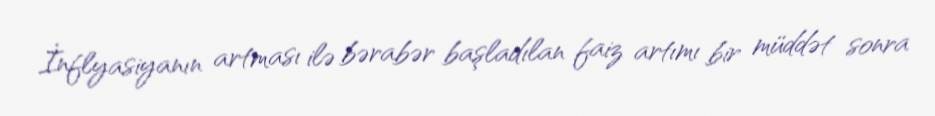
İnflyasiyanın artması ilə bərabər başladılan faiz artımı bir müddət sonra